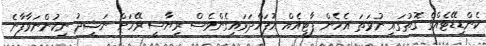
ކެންޑިޑޭޓެއްގެ ގޮތުގައި ނުވަތަ އެހެން ޕާޓީއެއް އުފައްދަވައިގެންވެސް ރިޔާސީ ރޭހަށް ނަޝީދު ނިކުންނަވާފާނެ